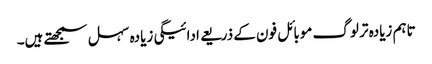
تاہم زیادہ تر لوگ موبائل فون کے ذریعے ادائیگی زیادہ سہل سمجھتے ہیں۔